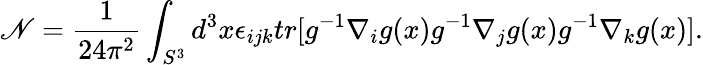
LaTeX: \mathscr{N}=\frac{{1}}{{24\pi^{2}}}\int_{S^{3}}d^{3}x\epsilon_{ijk}tr[g^{-1}\nabla_{i}g(x)g^{-1}\nabla_{j}g(x)g^{-1}\nabla_{k}g(x)].